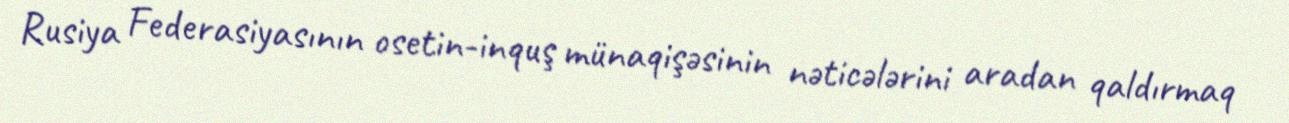
Rusiya Federasiyasının osetin-inquş münaqişəsinin nəticələrini aradan qaldırmaq